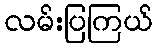
လမ်းပြကြယ်